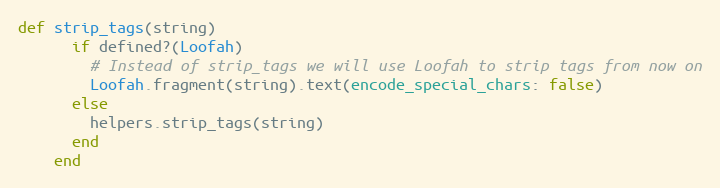
Language: Ruby
def strip_tags(string)
      if defined?(Loofah)
        # Instead of strip_tags we will use Loofah to strip tags from now on
        Loofah.fragment(string).text(encode_special_chars: false)
      else
        helpers.strip_tags(string)
      end
    end